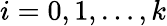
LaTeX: i=0,1,\ldots,k